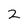
Character: z